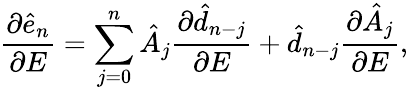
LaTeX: \frac{\partial\hat{e}_{n}}{\partial E}=\sum_{j=0}^{n}\hat{A}_{j}\frac{\partial\hat{d}_{n-j}}{\partial E}+\hat{d}_{n-j}\frac{\partial\hat{A}_{j}}{\partial E},